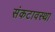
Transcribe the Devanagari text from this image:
संकटावस्था